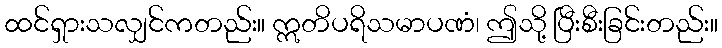
ထင်ရှားသလျှင်ကတည်း။ ဣတိပရိသမာပဏံ၊ ဤသို့ ပြီးစီးခြင်းတည်း။